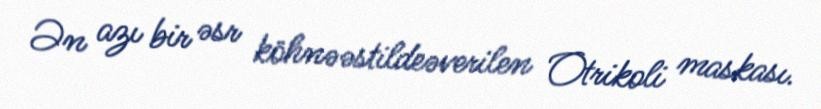
Ən azı bir əsr köhnəəstildeəverilen Otrikoli maskası.